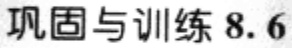
巩固与训练 8.6